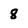
Character: 8